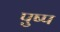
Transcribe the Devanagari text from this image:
पुष्प